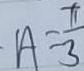
A = \frac { \pi } { 3 }